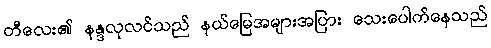
တီလေး၏ နန္ဒလုလင်သည် နယ်မြေအများအပြား သေးပေါက်နေသည်